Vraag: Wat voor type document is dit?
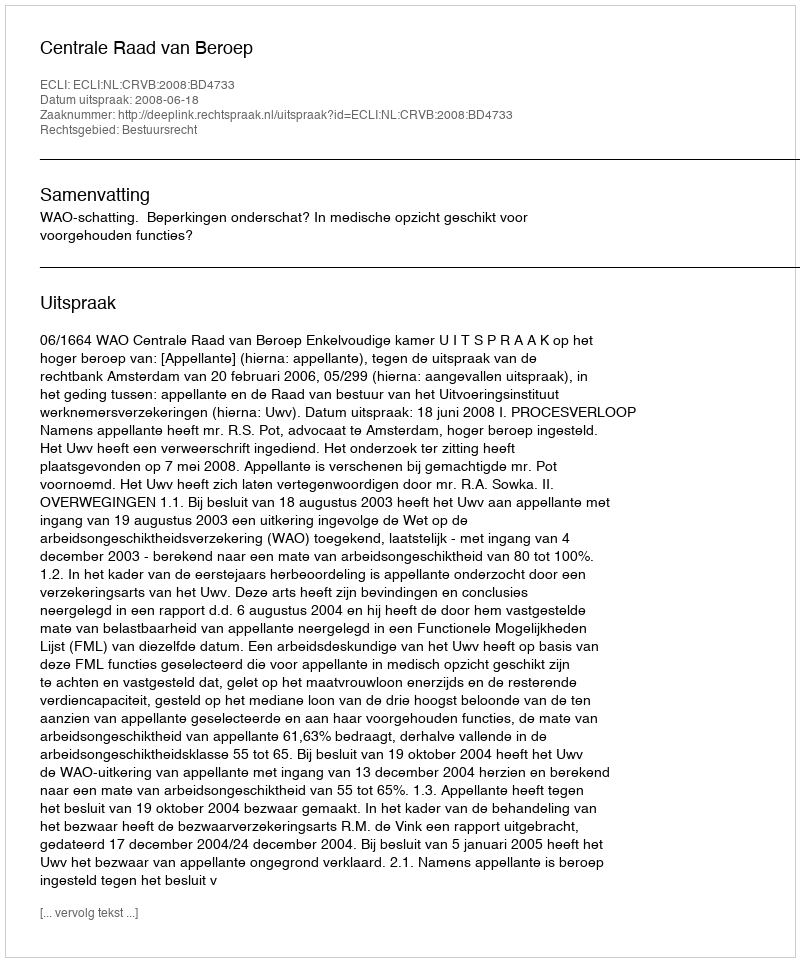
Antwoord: Uitspraak